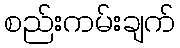
စည်းကမ်းချက်